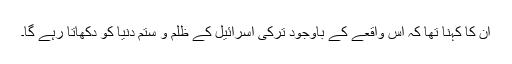
ان کا کہنا تھا کہ اس واقعے کے باوجود ترکی اسرائیل کے ظلم و ستم دنیا کو دکھاتا رہے گا۔